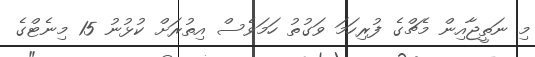
މި ނަތީޖާއިން މެޗްގެ ފުރިހަމަ ވަގުތު ހަމަވެސް އިތުރަށް ކުޅުނު 15 މިނެޓްގެ